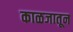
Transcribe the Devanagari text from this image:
काळजातून